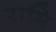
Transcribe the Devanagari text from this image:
रामि